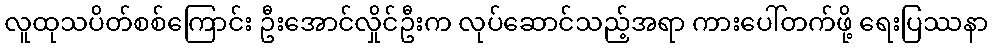
လူထုသပိတ်စစ်ကြောင်း ဦးအောင်လှိုင်ဦးက လုပ်ဆောင်သည့်အရာ ကားပေါ်တက်ဖို့ ရေးပြဿနာ